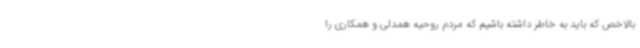
بالاخص که باید به خاطر داشته باشیم که مردم روحیه همدلی و همکاری را